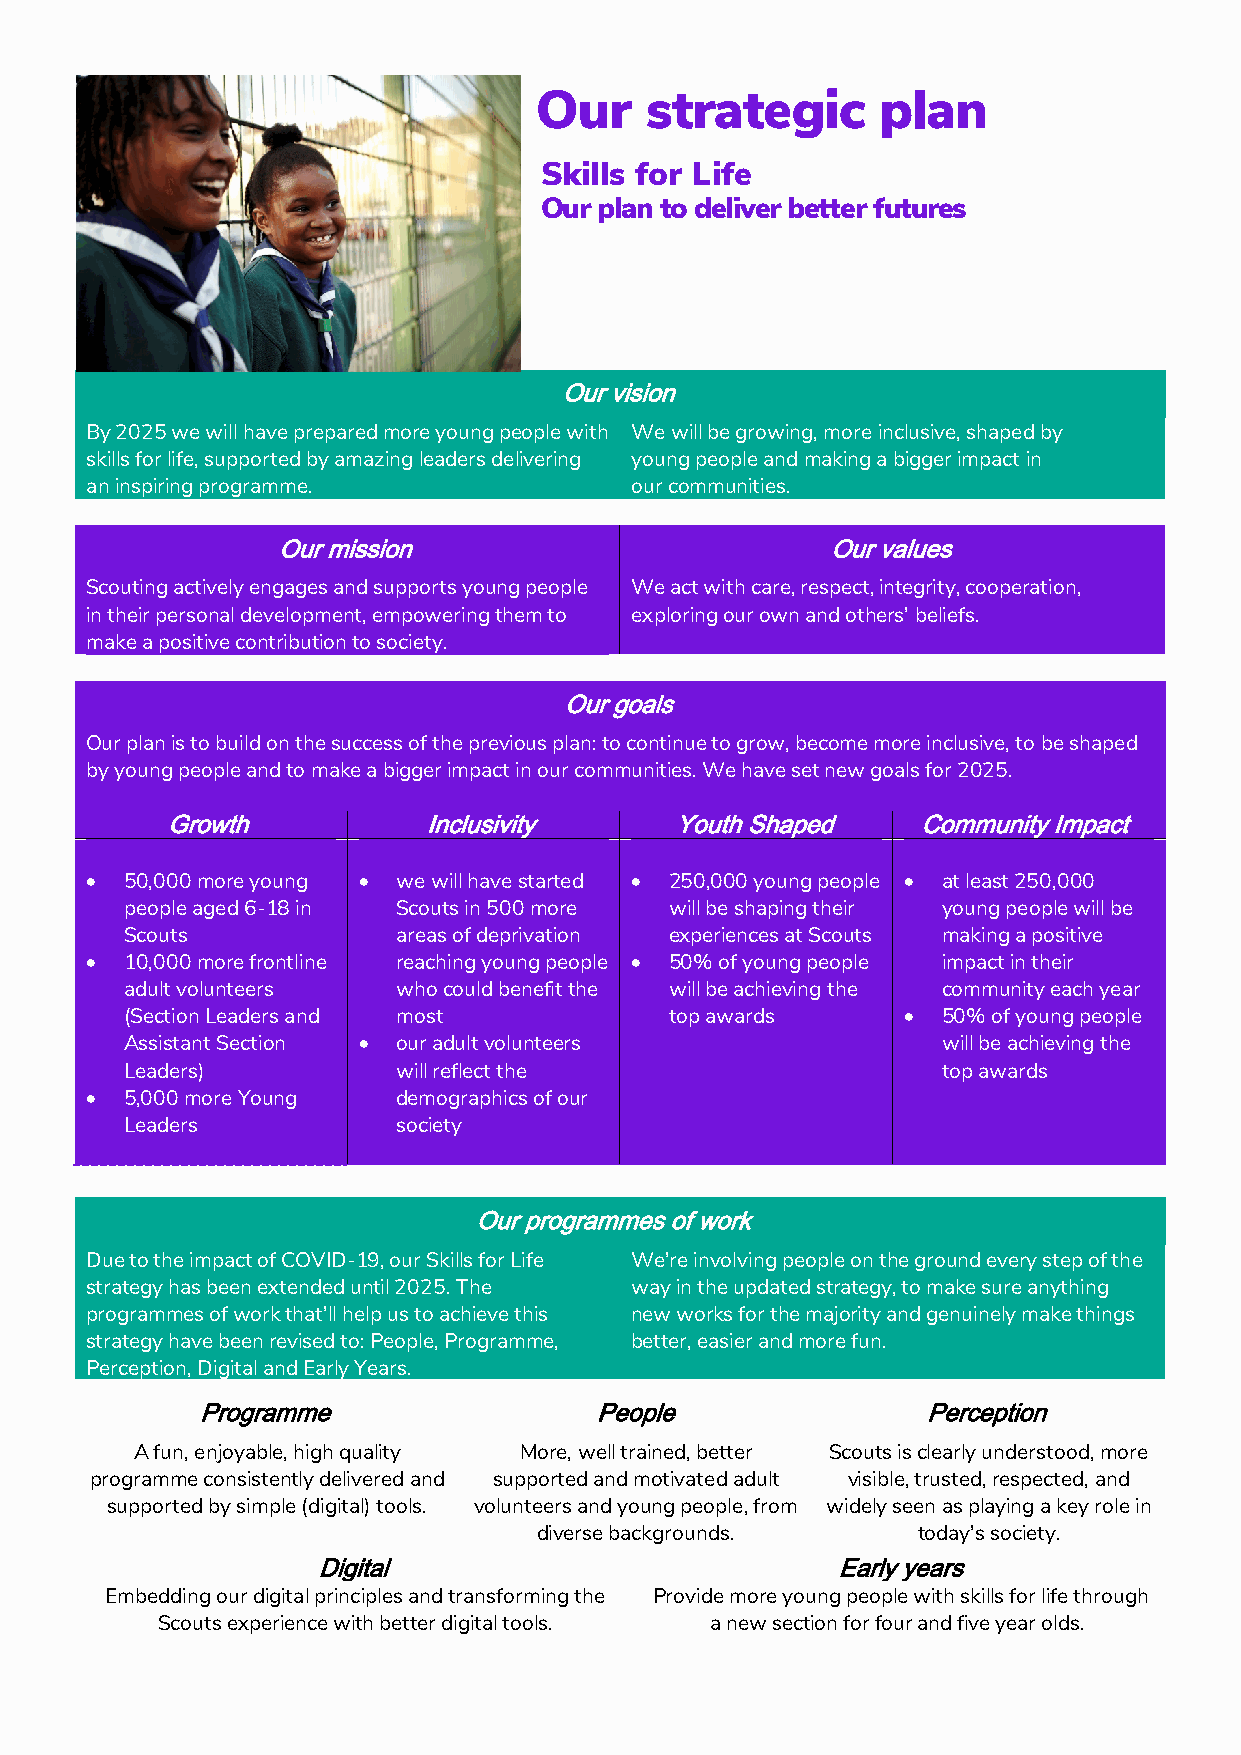
Our     strategic      plan
 Skills for Life
 Our plan to deliver better futures
 Our vision
 By 2025 we will have prepared more young people with We will be growing, more inclusive, shaped by
 skills for life, supported by amazing leaders delivering young people and making a bigger impact in
 an inspiring programme.             our communities.
 Our mission                          Our values
 Scouting actively engages and supports young people We act with care, respect, integrity, cooperation,
 in their personal development, empowering them to exploring our own and others’ beliefs.
 make a positive contribution to society.
 Our goals
 Our plan is to build on the success of the previous plan: to continue to grow, become more inclusive, to be shaped
 by young people and to make a bigger impact in our communities. We have set new goals for 2025.
 Growth           Inclusivity      Youth Shaped    Community Impact
 • 50,000 more young • we will have started • 250,000 young people • at least 250,000
 people aged 6-18 in Scouts in 500 more will be shaping their young people will be
 Scouts            areas of deprivation experiences at Scouts making a positive
 • 10,000 more frontline reaching young people • 50% of young people impact in their
 adult volunteers  who could benefit the will be achieving the community each year
 (Section Leaders and most           top awards      • 50% of young people
 Assistant Section • our adult volunteers              will be achieving the
 Leaders)          will reflect the                    top awards
 • 5,000 more Young  demographics of our
 Leaders           society
 Our programmes of work
 Due to the impact of COVID-19, our Skills for Life We’re involving people on the ground every step of the
 strategy has been extended until 2025. The way in the updated strategy, to make sure anything
 programmes of work that’ll help us to achieve this new works for the majority and genuinely make things
 strategy have been revised to: People, Programme, better, easier and more fun.
 Perception, Digital and Early Years.
 Programme                 People                Perception
 A fun, enjoyable, high quality More, well trained, better Scouts is clearly understood, more
 programme consistently delivered and supported and motivated adult visible, trusted, respected, and
 supported by simple (digital) tools. volunteers and young people, from widely seen as playing a key role in
 diverse backgrounds.     today’s society.
 Digital                           Early years
 Embedding our digital principles and transforming the Provide more young people with skills for life through
 Scouts experience with better digital tools. a new section for four and five year olds.